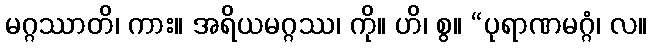
မဂ္ဂဿာတိ၊ ကား။ အရိယမဂ္ဂဿ၊ ကို။ ဟိ၊ စွ။ “ပုရာဏမဂ္ဂံ၊ လ။